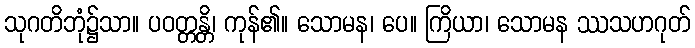
သုဂတိဘုံ၌သာ။ ပဝတ္တန္တိ၊ ကုန်၏။ သောမန၊ ပေ။ ကြိယာ၊ သောမန ဿသဟဂုတ်